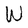
Character: W